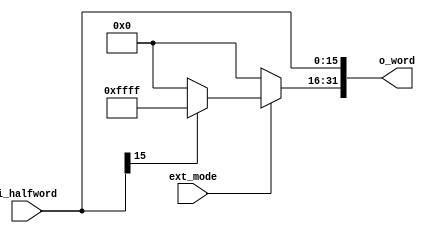
`timescale 1ns / 1ps
//////////////////////////////////////////////////////////////////////////////////
// Company: 
// Engineer: 
// 
// Design Name: 
// Module Name:    SEU 
// Project Name: 
// Target Devices: 
// Tool versions: 
// Description: 
//
// Dependencies: 
//
// Revision: 
// Revision 0.01 - File Created
// Additional Comments: 
//
//////////////////////////////////////////////////////////////////////////////////
module SEU(i_halfword,o_word,ext_mode);
	input [15:0]i_halfword;     //input 16bit data
	input ext_mode;
	output [31:0]o_word;        //output 32bit data

	reg [31:0]o_word;

	always@(*) begin
		if (ext_mode==1'b0) begin
			o_word[15:0] <= i_halfword[15:0];
			o_word[31:16] <= 16'b0000000000000000;
		end
		else if (ext_mode==1'b1) begin
			if(i_halfword[15]==1'b1) begin
				o_word[15:0] <= i_halfword[15:0];
				o_word[31:16] <= 16'b1111111111111111;
			end
			else begin
				o_word[15:0] <= i_halfword[15:0];
				o_word[31:16] <= 16'b0000000000000000;      
			end
		end
		else begin
			o_word[15:0] <= i_halfword[15:0];
			o_word[31:16] <= 16'bxxxxxxxxxxxxxxxx;      
		end
	end
endmodule